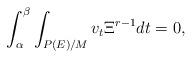
LaTeX: \begin{align*} \int_\alpha^\beta\int_{P(E)/M}v_t\Xi^{r-1}dt=0, \end{align*}